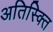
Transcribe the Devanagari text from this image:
अतिस्क्ति